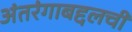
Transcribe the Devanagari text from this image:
अंतरंगाबद्दलची